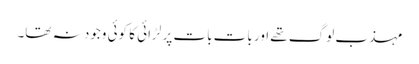
مہذب لوگ تھے اور بات بات پر لڑائی کا کوئی وجود نہ تھا۔